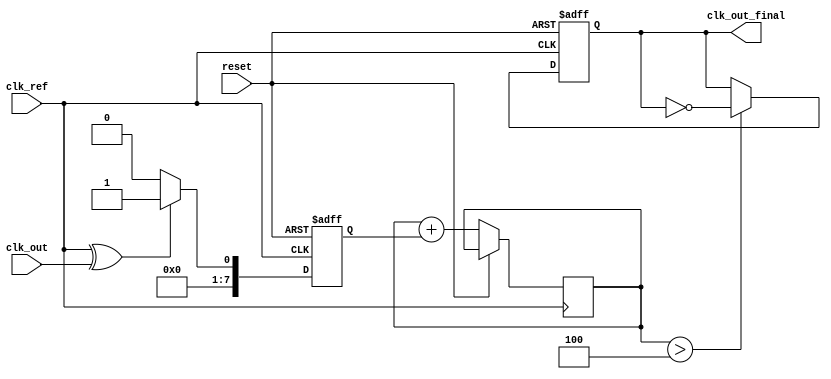
module MemoryBlocksPLL (
    input wire clk_ref,           // Reference clock input
    input wire clk_out,           // Output clock from the VCO
    input wire reset,             // Asynchronous reset
    output reg clk_out_final      // Final output clock
);

    // Parameters for the PLL
    parameter MEMORY_DEPTH = 8;   // Depth of memory blocks
    parameter PHASE_ERROR_WIDTH = 8; // Width of phase error signal
    parameter CONTROL_WIDTH = 8;   // Width of control signal

    // Memory blocks
    reg [PHASE_ERROR_WIDTH-1:0] phase_memory [0:MEMORY_DEPTH-1]; // Memory for phase errors
    reg [CONTROL_WIDTH-1:0] control_memory [0:MEMORY_DEPTH-1]; // Memory for control signals
    integer i;

    // Signals
    reg [PHASE_ERROR_WIDTH-1:0] phase_error; // Phase error signal
    reg [CONTROL_WIDTH-1:0] control_voltage; // Control voltage to VCO
    reg [3:0] mem_pointer; // Pointer for memory blocks

    // Phase Detector: Simple XOR for phase comparison
    always @(posedge clk_ref or posedge reset) begin
        if (reset) begin
            phase_error <= 0;
        end else begin
            phase_error <= (clk_ref ^ clk_out) ? 1 : 0; // Update phase error
        end
    end

    // Feedback Loop and Memory Update
    always @(posedge clk_ref or posedge reset) begin
        if (reset) begin
            mem_pointer <= 0; // Reset memory pointer
            for (i = 0; i < MEMORY_DEPTH; i = i + 1) begin
                phase_memory[i] <= 0; // Clear memory
                control_memory[i] <= 0; // Clear control signals
            end
        end else begin
            // Store phase error in memory
            phase_memory[mem_pointer] <= phase_error;
            // A simple filter (accumulator) to generate control voltage
            control_voltage <= control_voltage + phase_error; 
            control_memory[mem_pointer] <= control_voltage; // Store control voltage in memory

            // Circular buffer for memory pointers
            mem_pointer <= (mem_pointer + 1) % MEMORY_DEPTH; 
        end
    end

    // Voltage-Controlled Oscillator (VCO)
    always @(posedge clk_ref or posedge reset) begin
        if (reset) begin
            clk_out_final <= 0;
        end else begin
            // Simple VCO model - would normally scale with control voltage
            // Here we toggle the output clock based on control voltage.
            if (control_voltage > (CONTROL_WIDTH/2)) // Simple control logic
                clk_out_final <= ~clk_out_final; 
        end
    end

endmodule